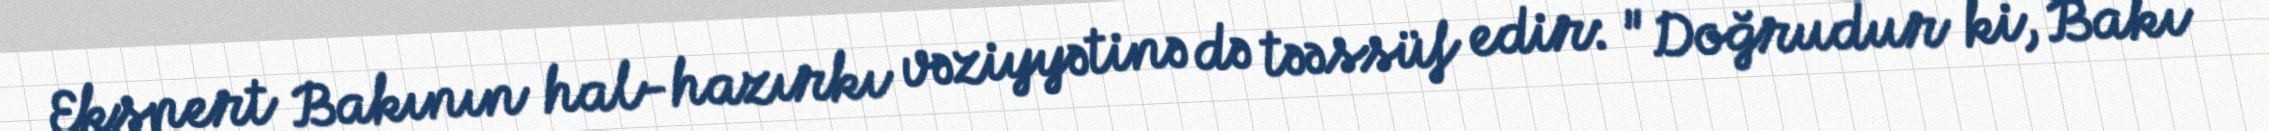
Ekspert Bakının hal-hazırkı vəziyyətinə də təəssüf edir: "Doğrudur ki, Bakı